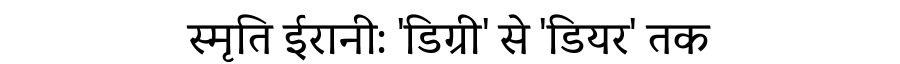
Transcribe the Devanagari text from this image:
स्मृति ईरानी: 'डिग्री' से 'डियर' तक